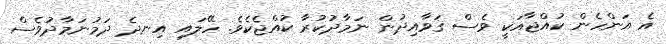
އެ އަންހެން ކުއްޖާއަކީ ވެސް ޤަވާއިދުން ނަމާދުކުރާ ކުއްޖެކެވެ. ހޭލައި އިނދެ ދަމުނަމާދުވެސް